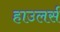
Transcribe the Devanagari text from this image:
हाउलर्स